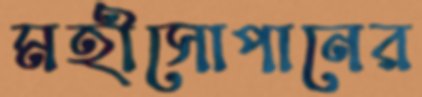
মহীসোপানের